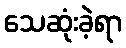
သေဆုံးခဲ့ရာ